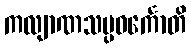
ကလျာဏသမ္ပဝင်္ကောတိ